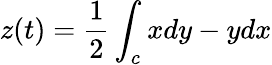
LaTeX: z(t)={\frac{1}{2}}\int_{c}xdy-ydx